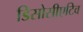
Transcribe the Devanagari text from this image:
डिसोसीएटिव